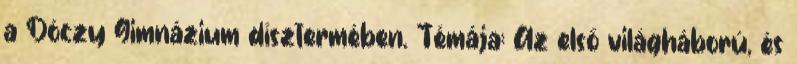
a Dóczy Gimnázium dísztermében. Témája: Az első világháború, és